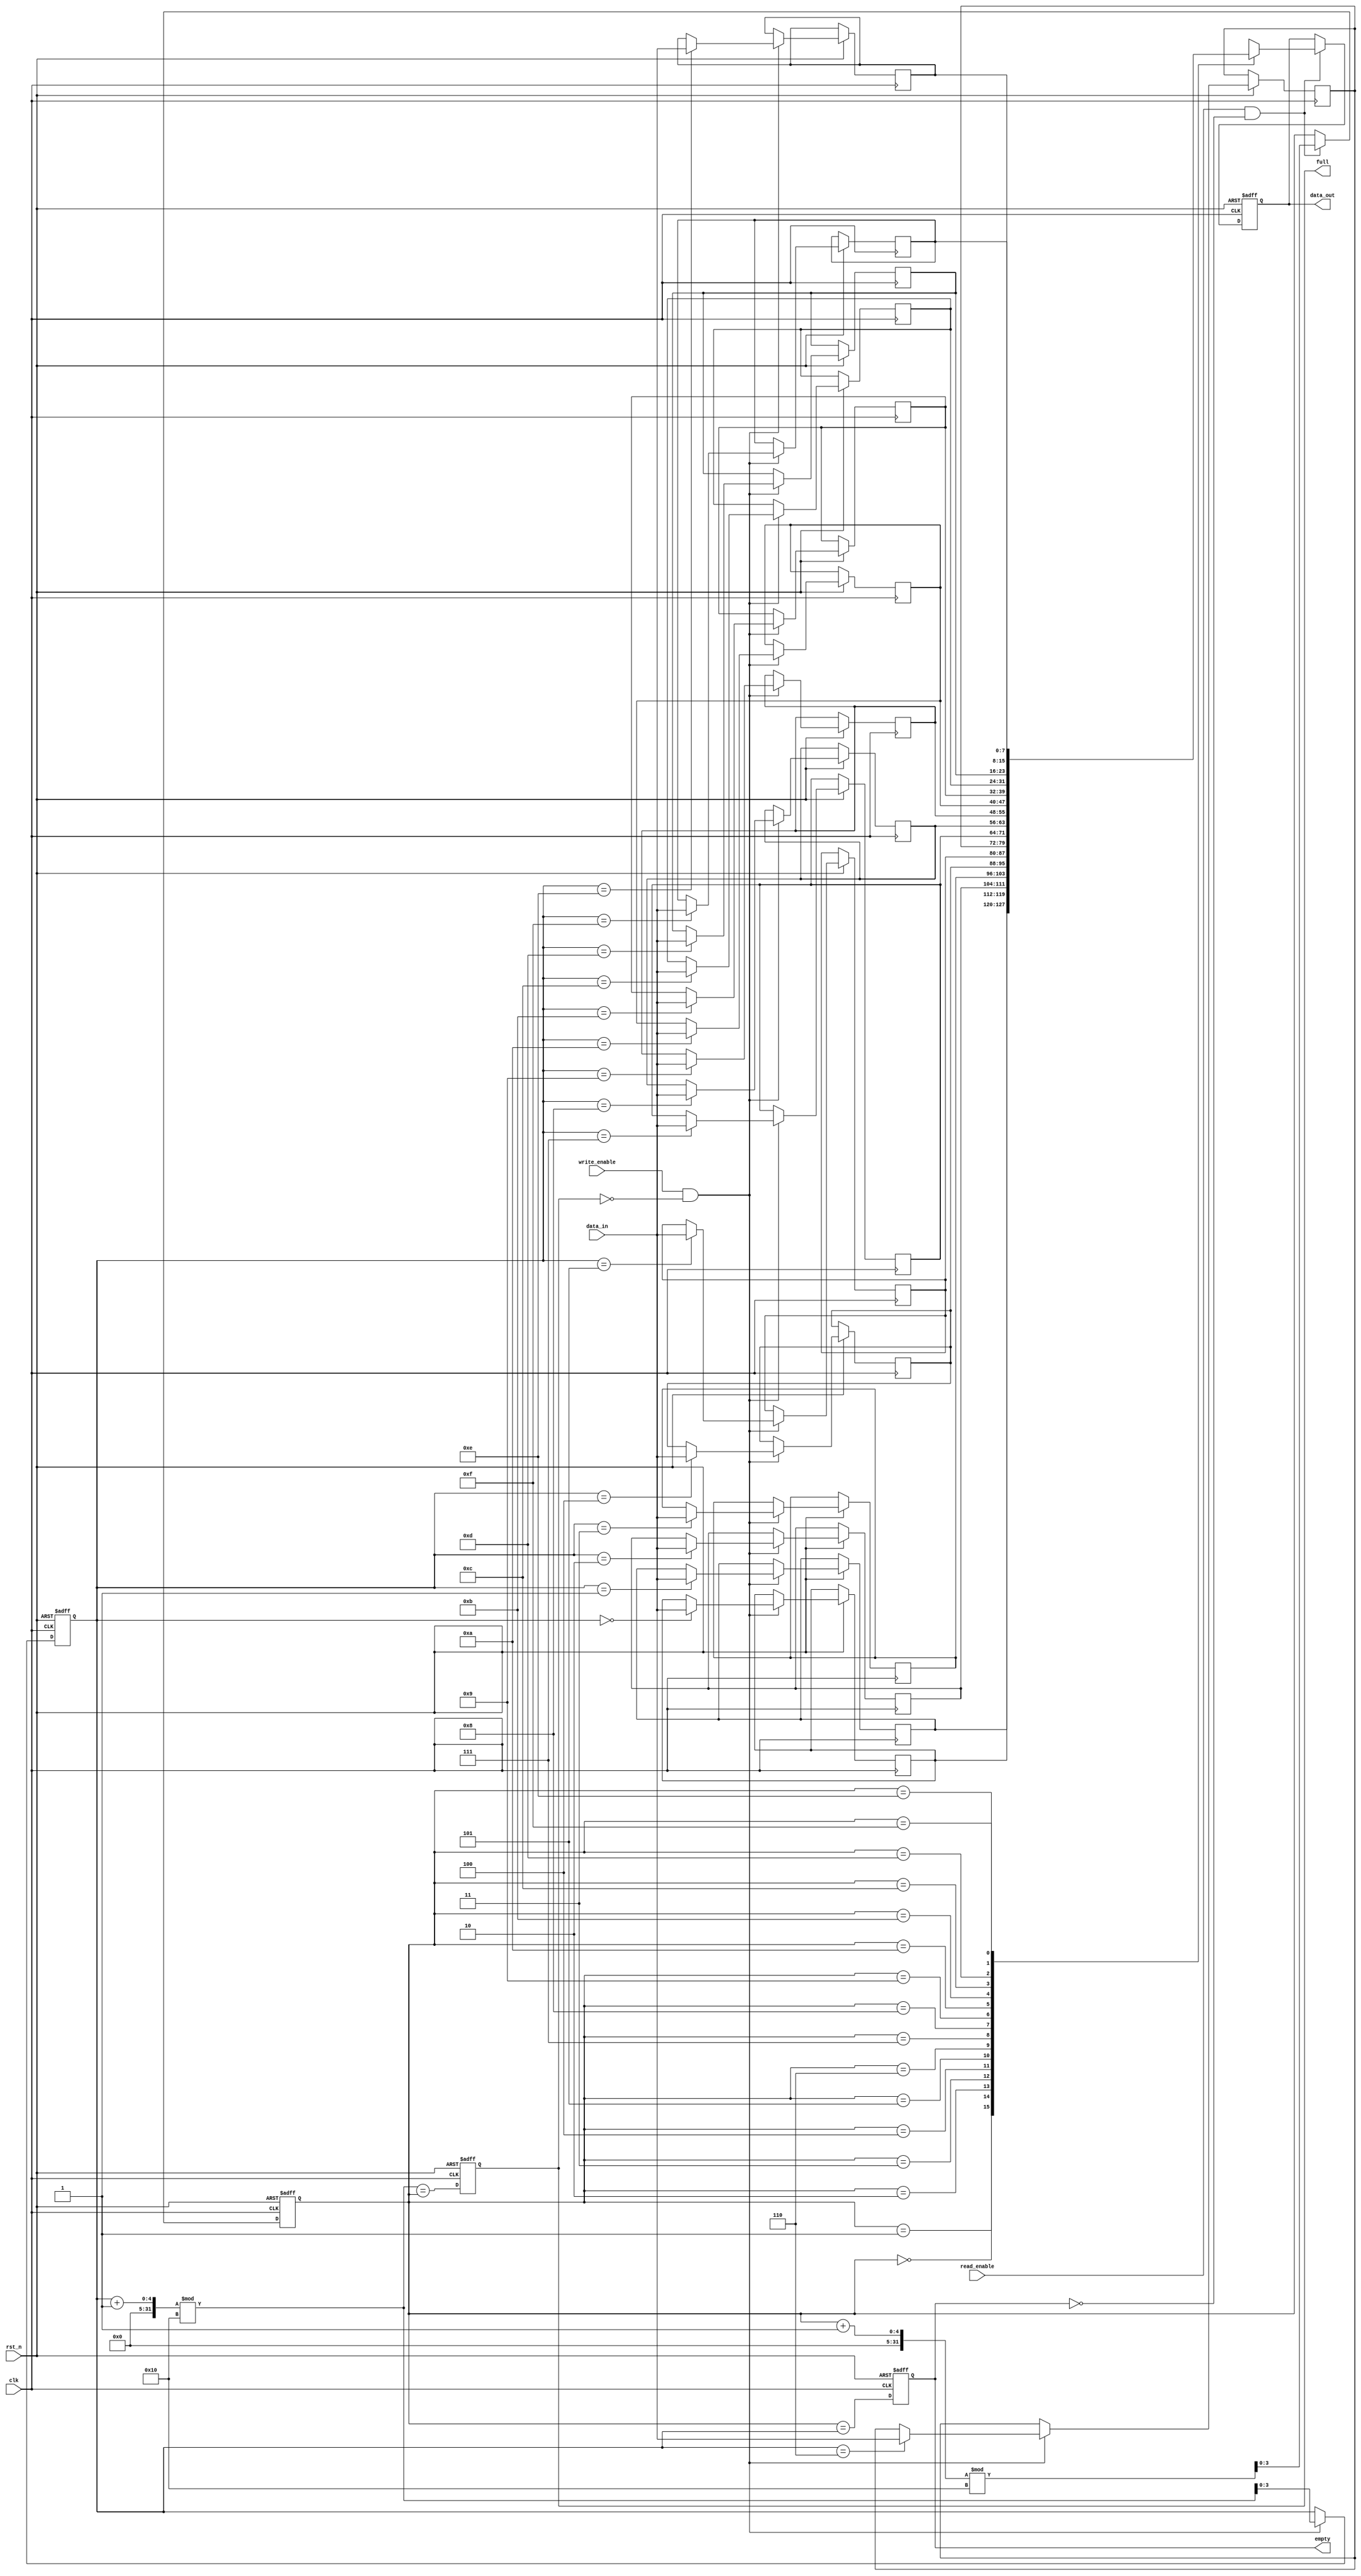
module parameterized_fifo #(
    parameter DATA_WIDTH = 8,      // Number of bits in each data entry
    parameter FIFO_DEPTH = 16       // Total number of entries in the FIFO
)(
    input wire clk,                 // Clock signal
    input wire rst_n,               // Active-low reset signal
    input wire write_enable,         // Write enable signal
    input wire read_enable,          // Read enable signal
    input wire [DATA_WIDTH-1:0] data_in, // Input data to be written
    output reg [DATA_WIDTH-1:0] data_out, // Output data read from the FIFO
    output reg full,                // FIFO full flag
    output reg empty                // FIFO empty flag
);

    // Calculate the number of bits needed for the pointers
    localparam ADDR_WIDTH = $clog2(FIFO_DEPTH);

    // Memory array to store data
    reg [DATA_WIDTH-1:0] fifo_mem [0:FIFO_DEPTH-1];

    // Pointers for read and write operations
    reg [ADDR_WIDTH-1:0] read_ptr;
    reg [ADDR_WIDTH-1:0] write_ptr;

    // FIFO status signals
    always @(posedge clk or negedge rst_n) begin
        if (!rst_n) begin
            read_ptr <= 0;
            write_ptr <= 0;
            full <= 0;
            empty <= 1;
            data_out <= 0;
        end else begin
            // Write operation
            if (write_enable && !full) begin
                fifo_mem[write_ptr] <= data_in;
                write_ptr <= (write_ptr + 1) % FIFO_DEPTH;
            end

            // Read operation
            if (read_enable && !empty) begin
                data_out <= fifo_mem[read_ptr];
                read_ptr <= (read_ptr + 1) % FIFO_DEPTH;
            end

            // Update full and empty flags
            full <= (write_ptr + 1) % FIFO_DEPTH == read_ptr;
            empty <= read_ptr == write_ptr;
        end
    end

endmodule